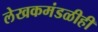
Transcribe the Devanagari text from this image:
लेखकमंडळीही